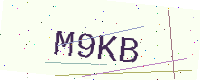
Text: M9KB